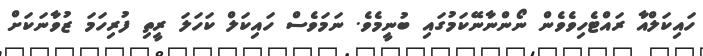
ހައިކަލްއާ ރައްޓެހިވެވެން ނޯންނާނޭކަމުގައި ބުނީމެވެ. ނަމަވެސް ހައިކަލް ކަހަލަ ރީތި ފުރިހަމަ ޒުވާނަކަށް